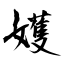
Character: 嬳